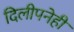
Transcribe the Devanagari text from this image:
दिलीपनेही